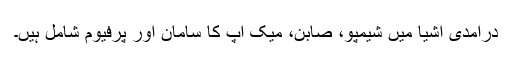
درآمدی اشیا میں شیمپو، صابن، میک اپ کا سامان اور پرفیوم شامل ہیں۔